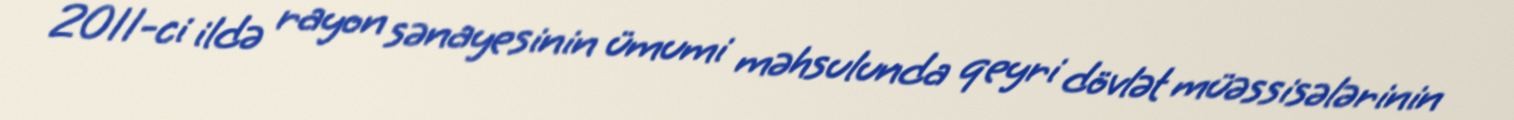
2011-ci ildə rayon sənayesinin ümumi məhsulunda qeyri dövlət müəssisələrinin